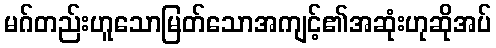
မဂ်တည်းဟူသောမြတ်သောအကျင့်၏အဆုံးဟုဆိုအပ်